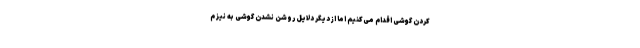
کردن گوشی اقدام می‌کنیم اما از دیگر دلایل روشن نشدن گوشی به نیز م